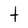
Character: t